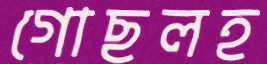
গোছলহ